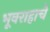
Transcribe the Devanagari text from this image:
भूवराहाचे